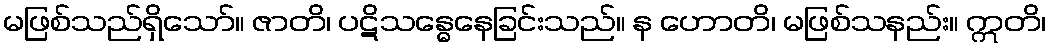
မဖြစ်သည်ရှိသော်။ ဇာတိ၊ ပဋိသန္ဓေနေခြင်းသည်။ န ဟောတိ၊ မဖြစ်သနည်း။ ဣတိ၊